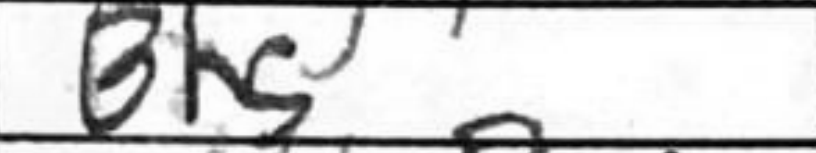
Transcription: Bh5